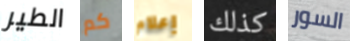
الطير كم إعلام كذلك السور